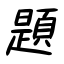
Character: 題